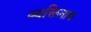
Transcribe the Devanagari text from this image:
व्यक्तिनाव